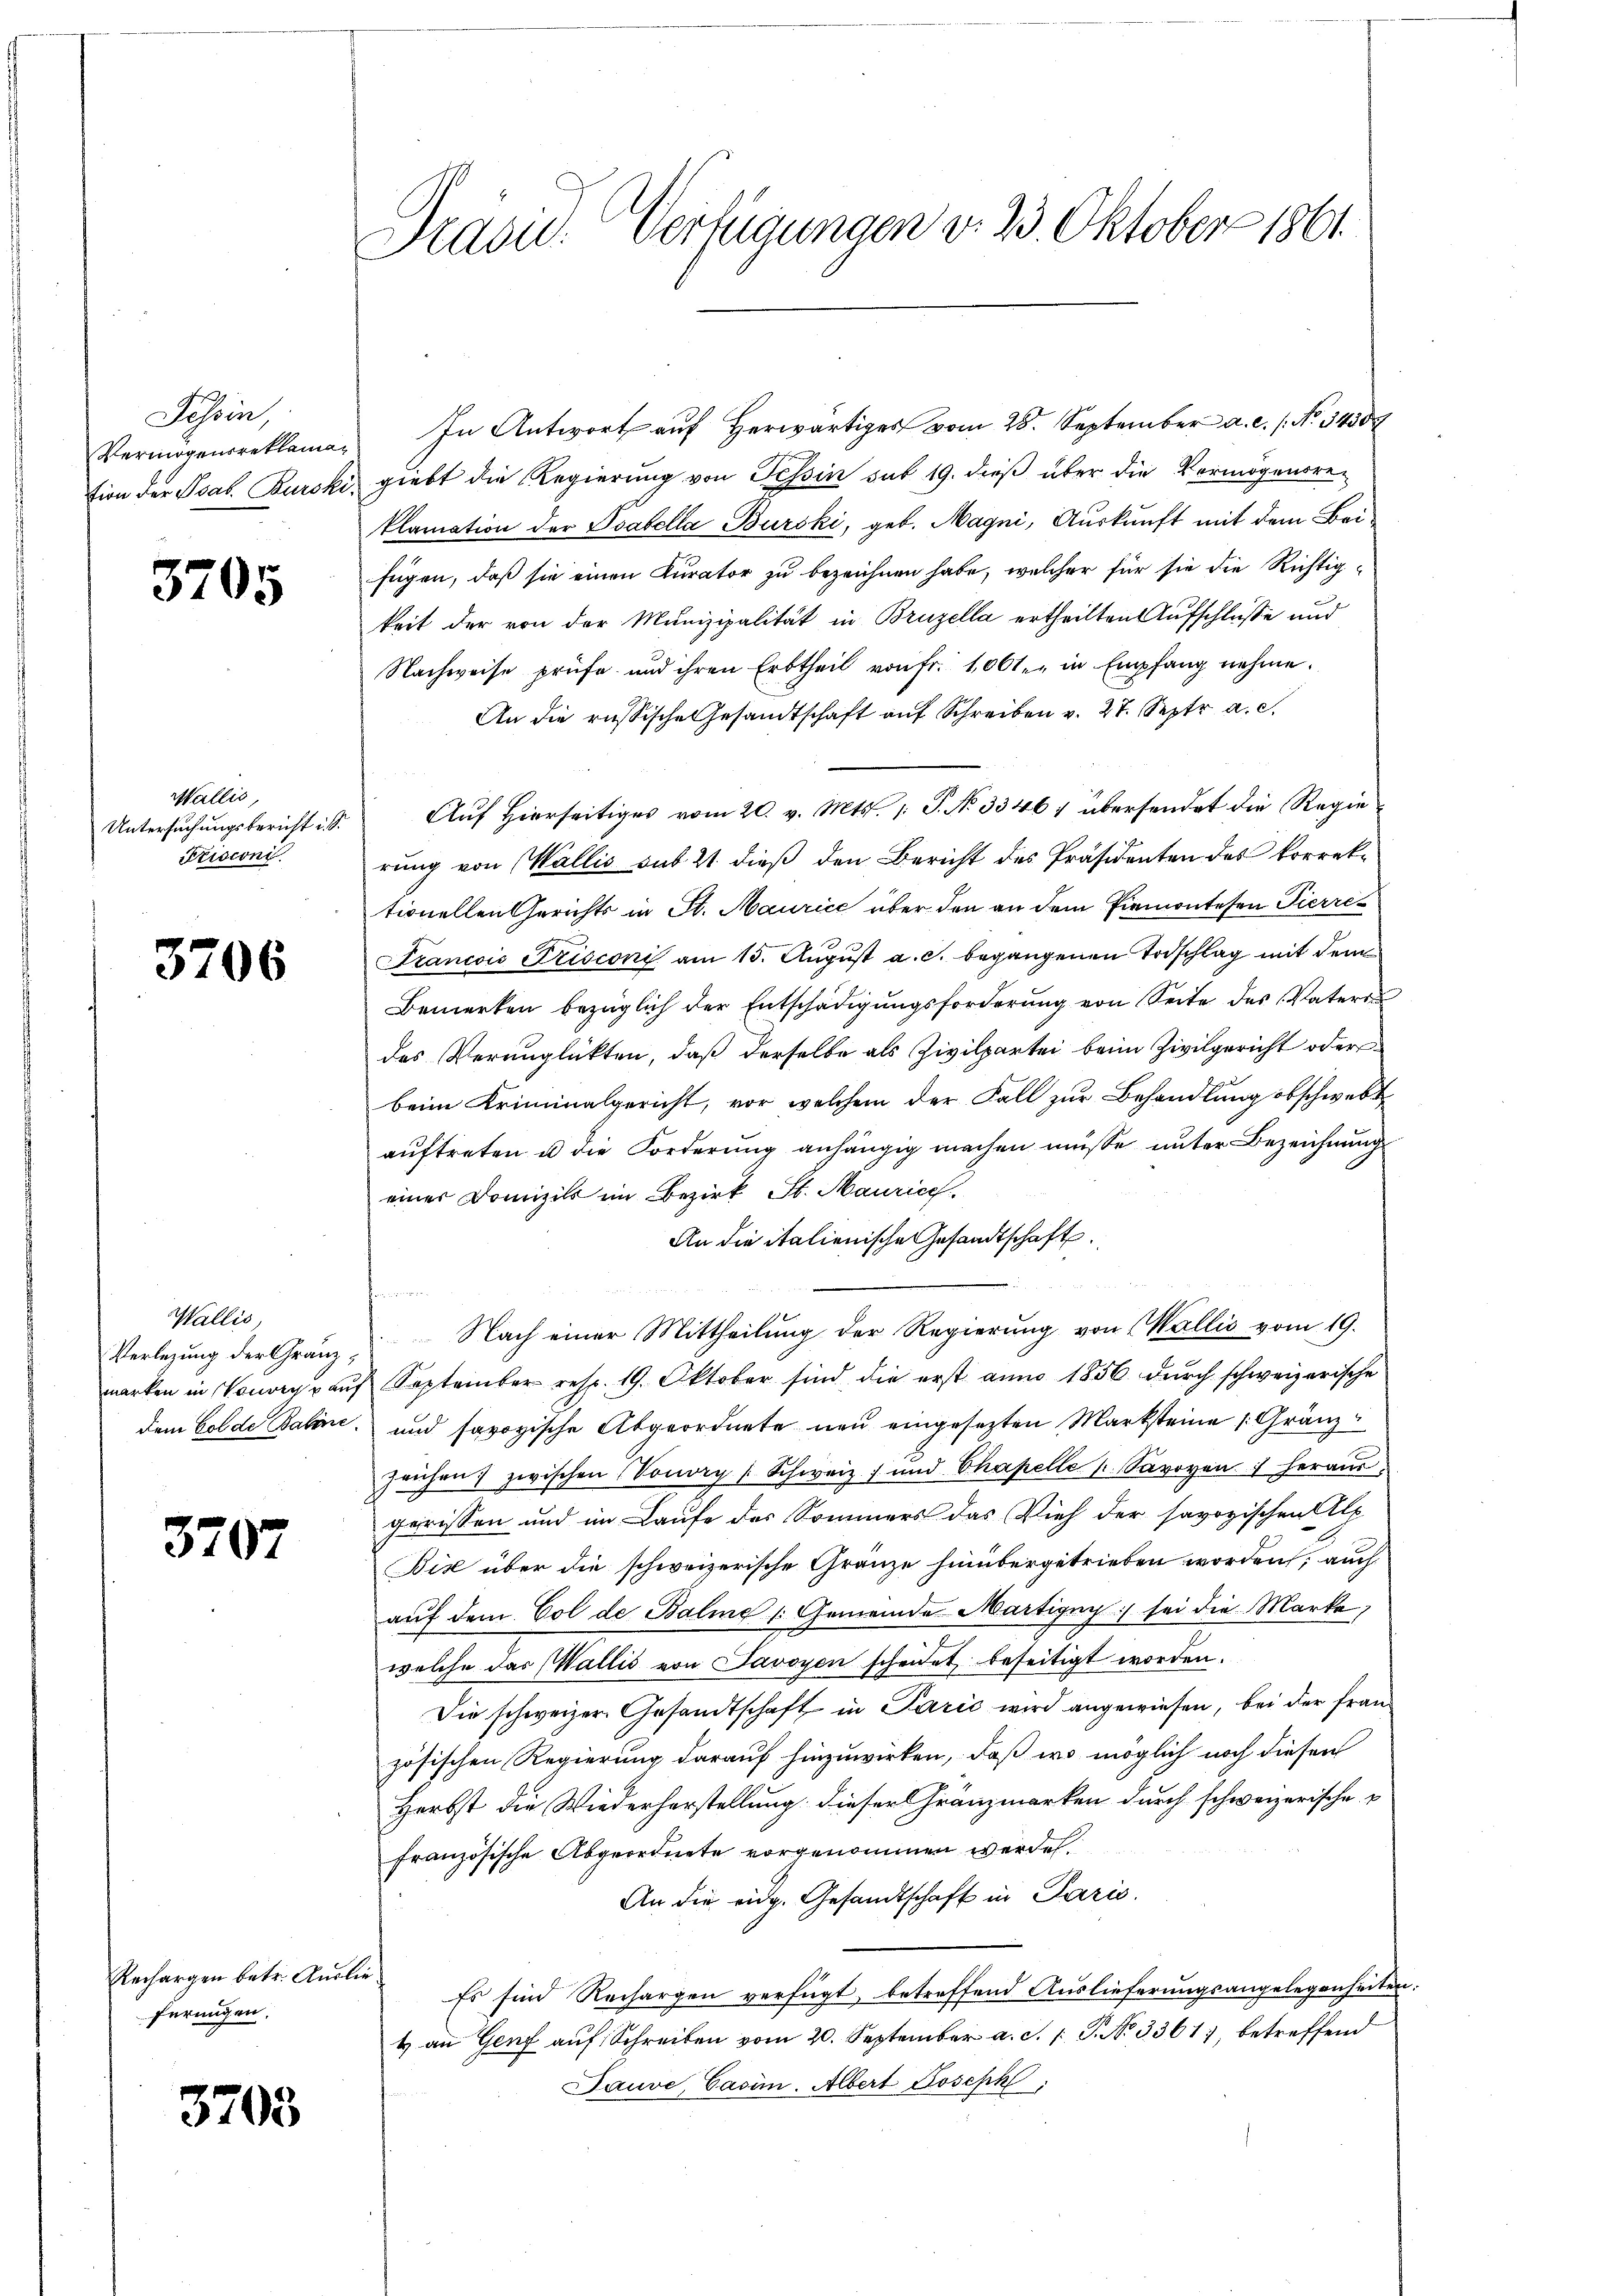
Tessin,
Vermögensreklaman
tion der Psab. Burski

3705

Wallis,
Frisconi

3706

Wallis,
Verlegung der Gränz¬

3707

Rechargen betr. Auslieferungen.

3708

Präsid. Verfügungen d. 23. Oktober 1861

In Antwort auf herwärtiges vom 28. September a. c. s. No. 1430 f
 giebt die Regierung von Tessin sub 19. dieß über die Vermögensreklamation der Tabella Burski, geb. Magni, Auskunft mit dem Beifügen, daß sie einen Kurator zu bezeichnen habe, welcher für sie die Richtigkeit der von der Munizipalität in Bruzella ertheilten Aufschlüsse und
Nachweise prüfe und ihren Erbtheil von Fr. 100 l. in Empfang nehme.
An die russische Gesandtschaft aŭf Schreiben v. 27. Septr a. c.
Untersŭchŭngsbericht . . Aŭf hierseitiges vom 20. v. Mts. 1. P. No 33467 übersendet die Regie
rung von Wallis sub 21. dieß den Bericht des Präsidenten des korrektionellen Gerichts in St. Maurice über den an dem Piemontesen Pierres
Francois Frisconi am 15. Aŭgŭst a. c. begangenen Todschlag mit dem
Bemerken bezüglich der Entschädigungsforderung von Seite des Vaters
des Verunglükten, daß derselbe als Zivilpartei beim Zivilgericht oder
beim Kriminalgericht, vor welchem der Fall zur Behandlung obschwebt
auftreten u die Forderung anhängig machen müsse unter Bezeichnung
einer Domizils im Bezirk St. Maurice.
An die italienische Gesandtschaft.
n
Nach einer Mittheilung der Regierung von Wallis vom 19.
marken in Vorweg aŭf September resp. 19. Oktober sind die erst anno 1856 dŭrch schweizerische
dem Golde Baline, und savoyische Abgeordnete neu eingesetzten Marksteine Gränz
zeichen zwischen Vonorp / Schweiz und Chapelle Savoyen  heraus.
gerissen und im Laufe des Sommers das Vieh der savoyischen Alp
Biz über die schweizerische Gränze hinübergetrieben worden, auch
aŭf dem Col de Balme /: Gemeinde Martigny sei die Marke,
welche das Wallis von Savoyen scheidet beseitigt worden.
Die schweizer Gesandtschaft in Paris wird angewiesen, bei der französischen Regierung darauf hinzuwirken, daß wo möglich noch diesen
Herbst die Wiederherstellung dieser Gränzmarken durch schweizerische
französische Abgeordnete vorgenommen werden.
An die eidg. Gesandtschaft in Paris.
Es sind Rechargen verfügt, betreffend Auslieferungsangelegenheiten.
t an Genf auf Schreiben vom 20. September a. d. [ P. No 3361, betreffend
Sauve, Casim. Albert Joseph